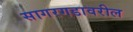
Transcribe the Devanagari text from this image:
सागरगडावरील